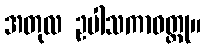
အတုလ ဥပါသကာဝတ္ထု။